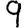
Digit: 9